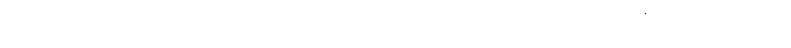
ဖဿကို။ ဖဿောဟောတီတိ၊ ဖဿော ဟောတိဟူ၍။ ဝုတ္တော၊ ဟောတော်မူအပ်ပြီ။ သော ဖဿော၊